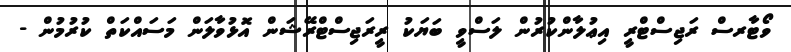
ވޯޓާރސް ރަޖިސްޓްރީ އިޢުލާންކުރުން ލަސްވީ ބަޔަކު ރީރަޖިސްޓްރޭޝަން އޮޅުވާލަން މަސައްކަތް ކުރުމުން -